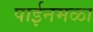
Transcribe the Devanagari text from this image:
पाईनमळा